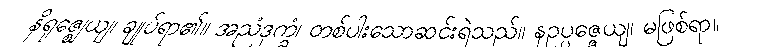
နိရုဇ္ဈေယျ၊ ချုပ်ရာ၏။ အညံဒုက္ခံ၊ တစ်ပါးသောဆင်းရဲသည်။ နဥပ္ပဇ္ဇေယျ၊ မဖြစ်ရာ။